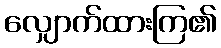
လျှောက်ထားကြ၏